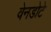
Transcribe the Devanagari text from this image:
वेनडोटे